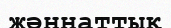
жәннаттық